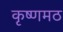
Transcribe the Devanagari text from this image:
कृष्णमठ